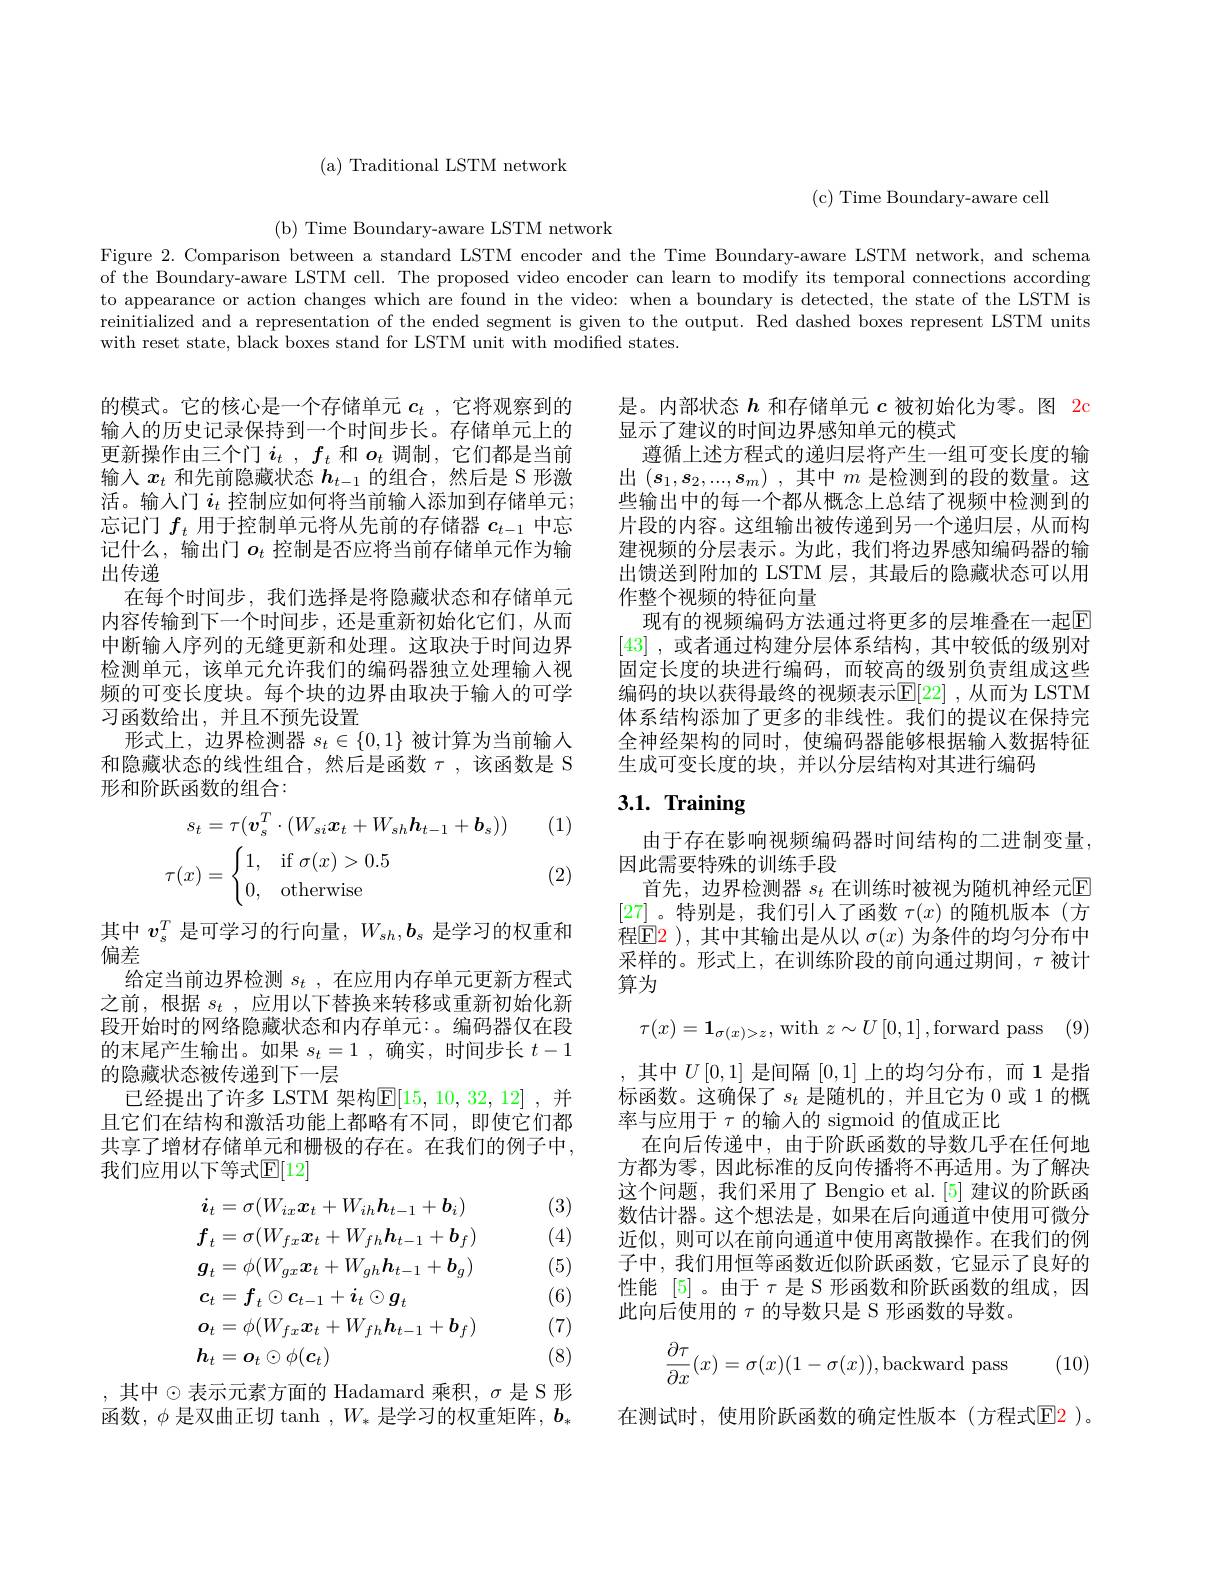
(a) Traditional LSTM network

( c) Time Boundary- aware cell

(b) Time Boundary-aware LSTM network
Figure 2. Comparison between a standard LSTM encoder and the Time Boundary-aware LSTM network, and schema of the Boundary-aware LSTM cell. The proposed video encoder can learn to modify its temporal connections according to appearance or action changes which are found in the video: when a boundary is detected, the state of the LSTM is reinitialized and a representation of the ended segment is given to the output. Red dashed boxes represent LSTM units with reset state, black boxes stand for LSTM unit with modified states.

是。内部状态$h$和存储单元$c$被初始化为零。图 2c
显示了建议的时间边界感知单元的模式
遵循上述方程式的递归层将产生一组可变长度的输出$(s_1,s_2,...,s_m)$ ,其中$m$是检测到的段的数量。这些输出中的每一个都从概念上总结了视频中检测到的片段的内容。这组输出被传递到另一个递归层，从而构建视频的分层表示。为此，我们将边界感知编码器的输出馈送到附加的 LSTM 层，其最后的隐藏状态可以用作整个视频的特征向量
现有的视频编码方法通过将更多的层堆叠在一起$\overline{\mathrm{E}}$ [43] ,或者通过构建分层体系结构，其中较低的级别对固定长度的块进行编码，而较高的级别负责组成这些编码的块以获得最终的视频表示$\mathbb{E}[22]$ ,从而为 LSTM 体系结构添加了更多的非线性。我们的提议在保持完全神经架构的同时，使编码器能够根据输入数据特征生成可变长度的块，并以分层结构对其进行编码

的模式。它的核心是一个存储单元$c_t$ ,它将观察到的输入的历史记录保持到一个时间步长。存储单元上的更新操作由三个门$i_t,f_t$和$o_t$调制，它们都是当前输入$x_t$和先前隐藏状态$h_{t-1}$的组合，然后是 S 形激活。输入门$i_t$控制应如何将当前输入添加到存储单元； 忘记门$f_t$用于控制单元将从先前的存储器$c_{t-1}$中忘记什么，输出门$o_t$ 控制是否应将当前存储单元作为输出传递
在每个时间步，我们选择是将隐藏状态和存储单元内容传输到下一个时间步 , 还是重新初始化它们，从而中断输人序列的无缝更新和处理。这取决于时间边界检测单元，该单元允许我们的编码器独立处理输入视频的可变长度块。每个块的边界由取决于输入的可学习函数给出，并且不预先设置
形式上，边界检测器$s_t\in\{0,1\}$被计算为当前输人和隐藏状态的线性组合，然后是函数$\tau$,该函数是 S 形和阶跃函数的组合：

# 3.1. Training

(1)
$$\begin{aligned}s_{t}&=\tau(\boldsymbol{v}_{s}^{T}\cdot(W_{si}\boldsymbol{x}_{t}+W_{sh}\boldsymbol{h}_{t-1}+\boldsymbol{b}_{s}))\\\tau(x)&=\begin{cases}1,&\text{if}\:\sigma(x)>0.5\\0,&\text{otherwise}\end{cases}\end{aligned}$$
(2)

由于存在影响视频编码器时间结构的二进制变量，
因此需要特殊的训练手段
首先，边界检测器 $s_t$ 在训练时被视为随机神经元$\mathbb{E}$ [27]。特别是，我们引入了函数$\tau(x)$的随机版本(方程$\color{red}{\operatorname*{E}}$2),其中其输出是从以 $\sigma(x)$ 为条件的均匀分布中采样的。形式上，在训练阶段的前向通过期间，$\tau$被计算为
$$\tau(x)=\mathbf{1}_{\sigma(x)>z},\:\mathrm{with}\:z\sim U\left[0,1\right],\mathrm{forward~pass}$$
其中$v_s^T$是可学习的行向量，$W_{sh},b_s$是学习的权重和
偏差
给定当前边界检测 $s_t$ , 在应用内存单元更新方程式之前，根据$s_t$ ,应用以下替换来转移或重新初始化新段开始时的网络隐藏状态和内存单元：。编码器仅在段的末尾产生输出。如果$s_t=1$,确实，时间步长$t-1$ 的隐藏状态被传递到下一层
已经提出了许多 LSTM 架构$\overline{\mathbb{E}}[15,10,32,12]$ ,并且它们在结构和激活功能上都略有不同，即使它们都共享了增材存储单元和栅极的存在。在我们的例子中， 我们应用以下等式$\mathbb{E}[12]$

,其中$U[0,1]$ 是间隔 [0,1] 上的均匀分布，而 1 是指标函数。这确保了$s_t$是随机的，并且它为 0 或 1 的概率与应用于$\tau$的输入的 sigmoid 的值成正比
在向后传递中，由于阶跃函数的导数几乎在任何地方都为零，因此标准的反向传播将不再适用。为了解决这个问题，我们采用了 Bengio et al.[5] 建议的阶跃函数估计器。这个想法是，如果在后向通道中使用可微分近似，则可以在前向通道中使用离散操作。在我们的例子中，我们用恒等函数近似阶跃函数，它显示了良好的性能[5]。由于$\tau$是 S 形函数和阶跃函数的组成，因此向后使用的$\tau$ 的导数只是 S 形函数的导数。
(10)
$$\dfrac{\partial\tau}{\partial x}(x)=\sigma(x)(1-\sigma(x)),\text{backward pass}$$
(3)

(4)

(5)
$$\begin{aligned}&\boldsymbol{i}_{t}=\sigma(W_{ix}\boldsymbol{x}_{t}+W_{ih}\boldsymbol{h}_{t-1}+\boldsymbol{b}_{i})\\&\boldsymbol{f}_{t}=\sigma(W_{fx}\boldsymbol{x}_{t}+W_{fh}\boldsymbol{h}_{t-1}+\boldsymbol{b}_{f})\\&\boldsymbol{g}_{t}=\phi(W_{gx}\boldsymbol{x}_{t}+W_{gh}\boldsymbol{h}_{t-1}+\boldsymbol{b}_{g})\\&\boldsymbol{c}_{t}=\boldsymbol{f}_{t}\odot\boldsymbol{c}_{t-1}+\boldsymbol{i}_{t}\odot\boldsymbol{g}_{t}\\&\boldsymbol{o}_{t}=\phi(W_{fx}\boldsymbol{x}_{t}+W_{fh}\boldsymbol{h}_{t-1}+\boldsymbol{b}_{f})\\&\boldsymbol{h}_{t}=\boldsymbol{o}_{t}\odot\phi(\boldsymbol{c}_{t})\end{aligned}$$
(6)

(7)

(8)

,其中$\odot$表示元素方面的 Hadamard 乘积$,\sigma$是 S 形函数，$\phi$ 是双曲正切 tanh $,W_*$ 是学习的权重矩阵$,\boldsymbol b_*$

在测试时，使用阶跃函数的确定性版本(方程式$\color{red}{\mathrm{E}}\color{red}{\mathrm{E}}\color{red}{\mathrm{E}}\color{red}{\mathrm{E}}\color{red}{\mathrm{E}}\color{red}{\mathrm{E}}\color{red}{\mathrm{E}}\color{red}{\mathrm{E}}\color{red}{\mathrm{E}}\color{red}{\operatorname*{\mathrm{E}}}\color{red}{\mathrm{E}}\color{red}{\mathrm{E}}\color{red}{\mathrm{E}}\color{red}{\mathrm{E}}\color{red}{\mathrm{E}}\color{red}{\mathrm{E}}\color{red}{\mathrm{E}}\color{red}{\mathrm{E}}\color{red{E}}\color{red}{\mathrm{E}}\color{red}{\mathrm{E}}$